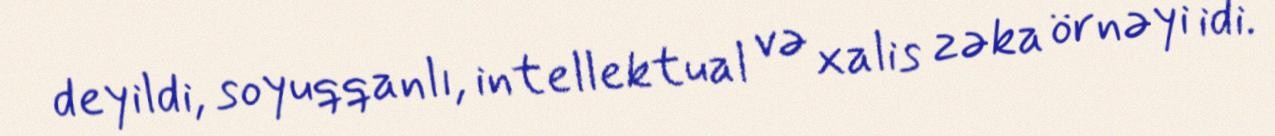
deyildi, soyuqqanlı, intellektual və xalis zəka örnəyi idi.